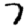
Digit: 7